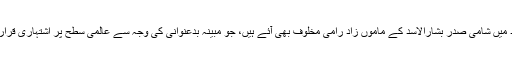
اس بحث کی زد میں شامی صدر بشارالاسد کے ماموں زاد رامی مخلوف بھی آئے ہیں، جو مبینہ بدعنوانی کی وجہ سے عالمی سطح پر اشتہاری قرار دیے گئے ہیں۔